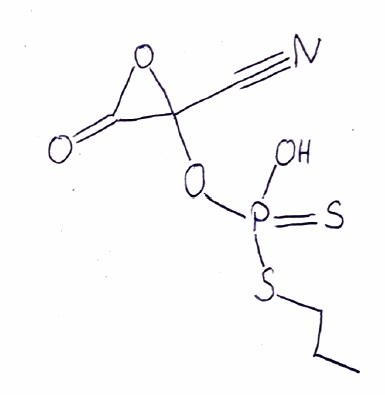
Simplified molecular-input line-entry system (SMILES) notation of the given molecule:
CCCSP(=S)(O)OC1(C(=O)O1)C#N